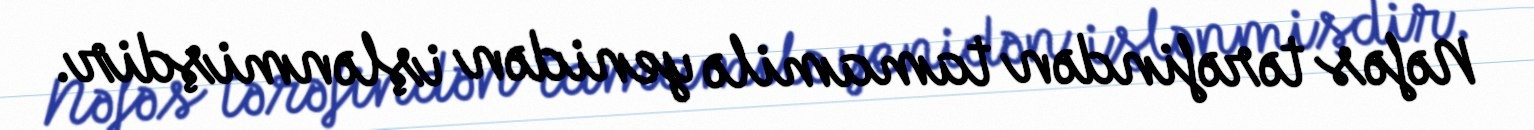
Nəfəs tərəfindən tamamilə yenidən işlənmişdir.